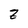
Character: Z